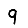
Digit: 9